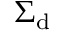
\Sigma _ { \mathrm { d } }